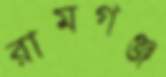
রামগঞ্জ